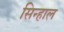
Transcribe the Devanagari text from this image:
सिन्हाल